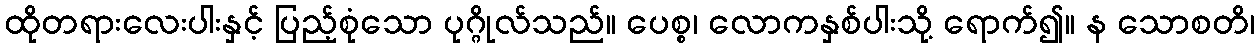
ထိုတရားလေးပါးနှင့် ပြည့်စုံသော ပုဂ္ဂိုလ်သည်။ ပေစ္စ၊ လောကနှစ်ပါးသို့ ရောက်၍။ န သောစတိ၊